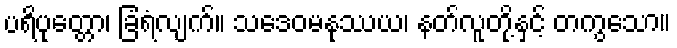
ပရိပုတ္တော၊ ခြံရံလျက်။ သဒေဝမနုဿယ၊ နတ်လူတို့နှင့် တကွသော။